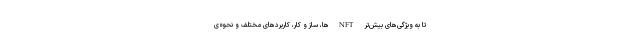
تا به ویژگی‌های بیش‌تر NFTها، ساز و کار، کاربردهای مختلف و نحوه‌ی